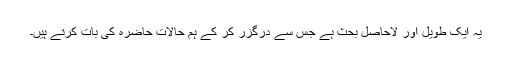
یہ ایک طویل اور لاحاصل بحث ہے جس سے درگزر کر کے ہم حالاتِ حاضرہ کی بات کرتے ہیں۔